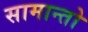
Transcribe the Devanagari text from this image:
सामान्तो